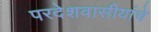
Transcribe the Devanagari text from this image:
परदेशवासीयांचे